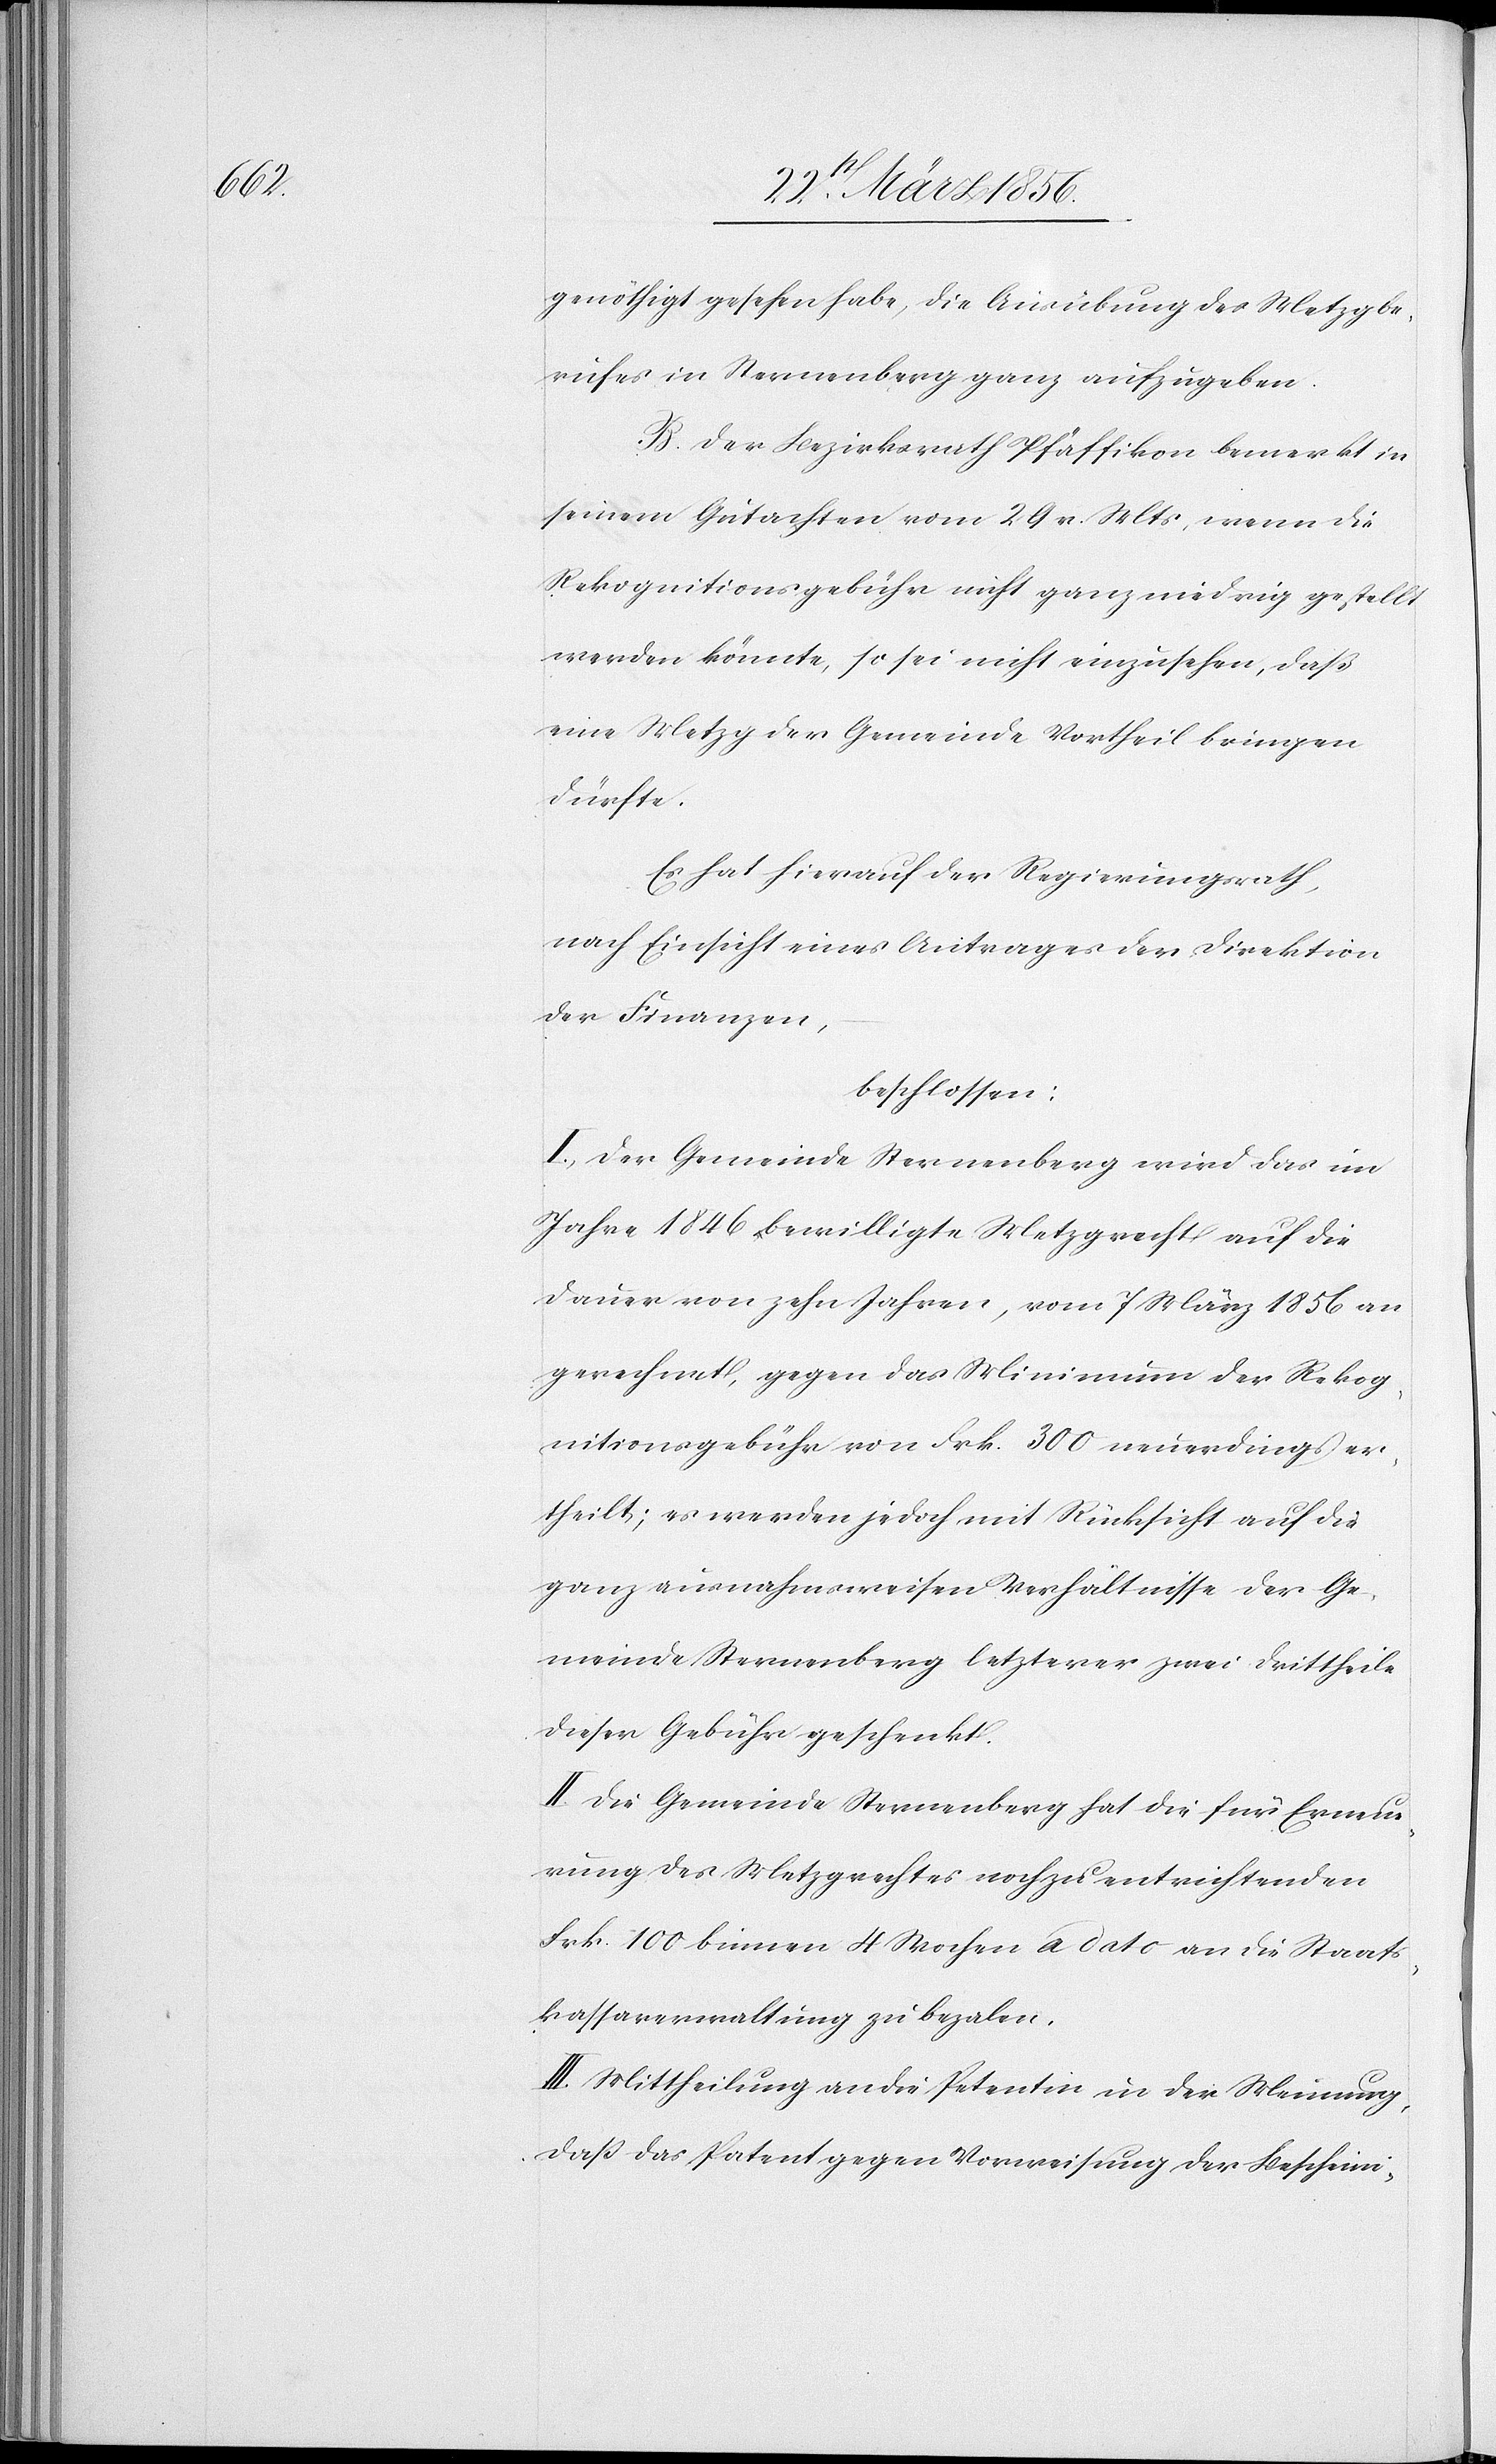
genöthigt gesehen habe, die Ausübung des Metzgbe¬
rufes in Sternenberg ganz aufzugeben.
B. Der Bezirksrath Pfäffikon bemerkt in
seinem Gutachten vom 29 v. Mts, wenn die
Rekognitionsgebühr nicht ganz niedrig gestellt
werden könnte, so sei nicht einzusehen, daß
eine Metzg der Gemeinde Vortheil bringen
dürfte.
Es hat hierauf der Regierungsrath,
nach Einsicht eines Antrages der Direktion
der Finanzen,
beschlossen:
I., Der Gemeinde Sternenberg wird das im
Jahre 1846 bewilligte Metzgrecht auf die
Dauer von zehn Jahren, vom 7 März 1856 an
gerechnet, gegen das Minimum der Rekog¬
nitionsgebühr von Frk. 300 neuerdings er¬
theilt; es werden jedoch mit Rücksicht auf die
ganz ausnahmsweisen Verhältnisse der Ge¬
meinde Sternenberg letzterer zwei Drittheile
dieser Gebühr geschenkt.
II. Die Gemeinde Sternenberg hat die für Erneue¬
rung des Metzgrechtes noch zu entrichtenden
Frk. 100 binnen 4 Wochen a dato an die Staats¬
kassaverwaltung zu bezalen.
III. Mittheilung an die Petentin in der Meinung,
daß das Patent gegen Vorweisung der Bescheini-